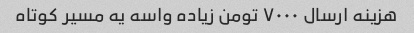
هزینه ارسال ۷۰۰۰ تومن زیاده واسه یه مسیر کوتاه